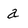
Character: a